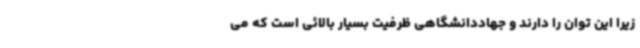
زیرا این توان را دارند و جهاددانشگاهی ظرفیت بسیار بالائی است که می